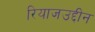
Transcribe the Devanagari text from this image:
रियाजउद्दीन